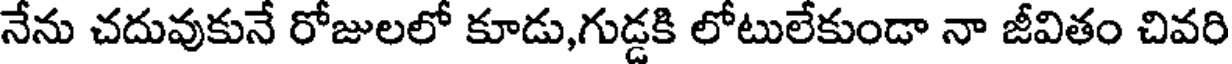
నేను చదువుకునే రోజులలో కూడు,గుడ్డకి లోటులేకుండా నా జీవితం చివరి